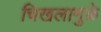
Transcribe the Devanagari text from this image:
चिखलामुळे